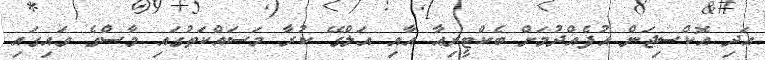
އަދި އޮކްސިޖަން އުފެއްދުމަށް ބެކްޓީރިއާ އާއި އަލްގޭ ކުރާ މަސައްކަތުގައި މާސްގެ ވައިގައި